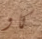
كاو